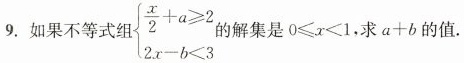
9.如果不等式组 $$\left\{ \begin{matrix} \frac{x}{2}+a \geq 2 \\ 2x-b<3 \\ \end{matrix} \right.$$ 的解集是$$0 \leqslant x<1$$，求$$a+b$$的值.